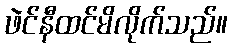
ဖဲင်နီထင်မိလိုက်သည်။